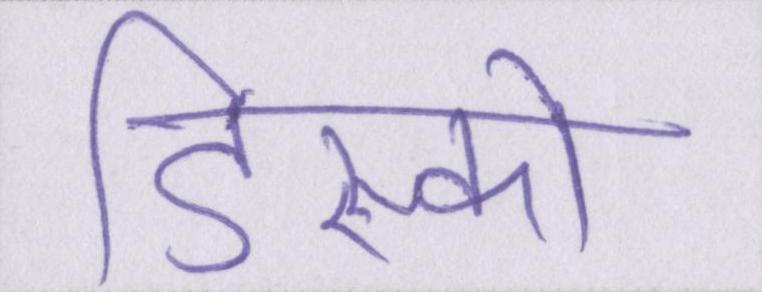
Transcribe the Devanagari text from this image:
डिस्को